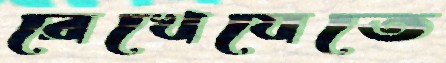
রেখেযেতে